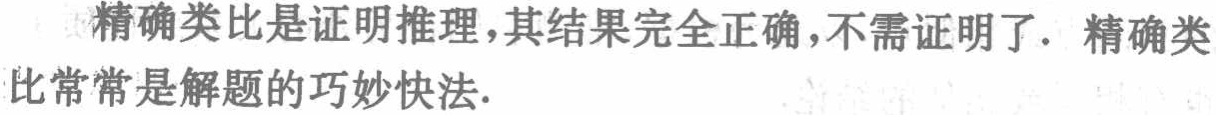
精确类比是证明推理，其结果完全正确，不需证明了. 精确类比常常是解题的巧妙快法.